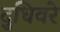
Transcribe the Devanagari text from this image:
दुधिवरे